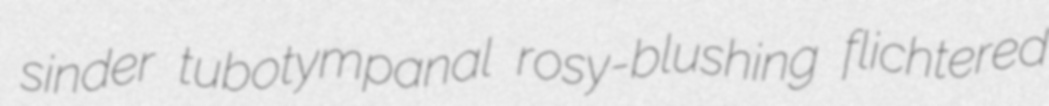
sinder tubotympanal rosy-blushing flichtered